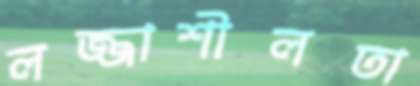
লজ্জাশীলতা